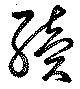
続